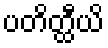
ပတိတ္ထီယိ